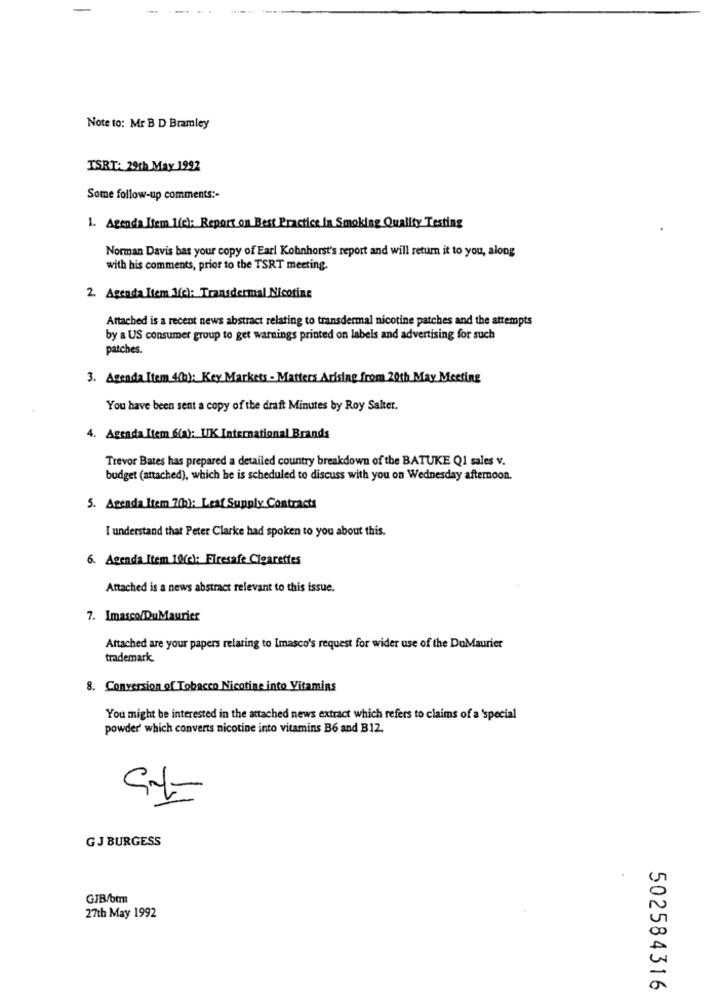
Note to: Mr B D Bramley
TSRT: 29th May 1992
Some follow-up comments :-
1. Agenda Item 1(c): Report on Best Practice In Smoking Quality Testing
Norman Davis bas your copy of Earl Kohnhorst's report and will return it to you, along
with his comments, prior to the TSRT meeting.
2. Agenda Item 3(c): Transdermal Nicotine
Attached is a recent news abstract relating to transdermal nicotine patches and the attempts
by a US consumer group to get warnings printed on labels and advertising for such
patches.
3. Agenda Item 4(b): Key Markets - Matters Arising from 20th May Meeting
You have been sent a copy of the draft Minutes by Roy Salter.
4. Agenda Item 6(a): UK International Brands
Trevor Bates has prepared a detailed country breakdown of the BATUKE Q1 sales v.
budget (attached), which he is scheduled to discuss with you on Wednesday afternoon.
5. Agenda Item 7(h): Leaf Supply Contracts
I understand that Peter Clarke had spoken to you about this.
6. Agenda Item 10(c): Firesafe Clearettes
Attached is a news abstract relevant to this issue.
7. Imasco/DuMaurier
Attached are your papers relating to Imasco's request for wider use of the DuMaurier
trademark.
8. Conversion of Tobacco Nicotine into Vitamins
You might be interested in the attached news extract which refers to claims of a 'special
powder' which converts nicotine into vitamins B6 and B12.
GJ BURGESS
GJB/bmm
27th May 1992
502584316